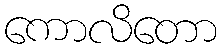
ကောလိတော